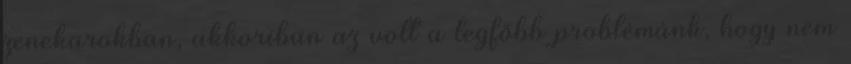
zenekarokban, akkoriban az volt a legfőbb problémánk, hogy nem